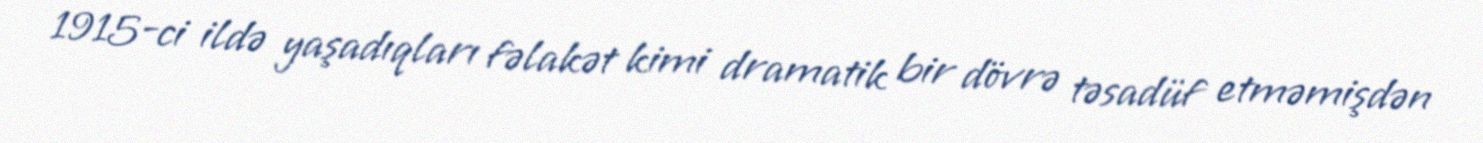
1915-ci ildə yaşadıqları fəlakət kimi dramatik bir dövrə təsadüf etməmişdən